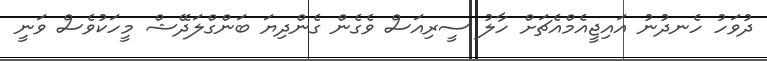
ދުވަހު ހެނދުނު އައިޖީއެމްއެޗަށް ހާލު ސީރިއަސް ވެގެން ގެންދިޔަ ބަންގްލަދޭޝް މީހަކުވެސް ވަނީ